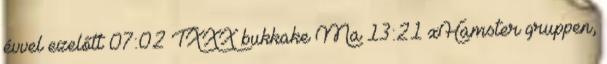
évvel ezelőtt 07:02 TXXX bukkake Ma 13:21 xHamster gruppen,